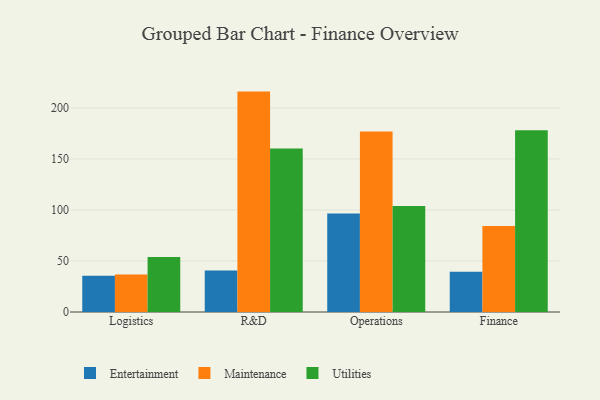
{"axis": {"x": "Department", "y": "Backlog"}, "legend": ["Entertainment", "Maintenance", "Utilities"], "data": [{"x": "Logistics", "y": 35.5, "type": "Entertainment"}, {"x": "Logistics", "y": 36.8, "type": "Maintenance"}, {"x": "Logistics", "y": 53.8, "type": "Utilities"}, {"x": "R&D", "y": 40.7, "type": "Entertainment"}, {"x": "R&D", "y": 216.0, "type": "Maintenance"}, {"x": "R&D", "y": 160.3, "type": "Utilities"}, {"x": "Operations", "y": 96.5, "type": "Entertainment"}, {"x": "Operations", "y": 176.9, "type": "Maintenance"}, {"x": "Operations", "y": 104.0, "type": "Utilities"}, {"x": "Finance", "y": 39.5, "type": "Entertainment"}, {"x": "Finance", "y": 84.2, "type": "Maintenance"}, {"x": "Finance", "y": 178.0, "type": "Utilities"}]}